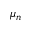
\mu _ { n }